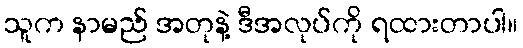
သူက နာမည် အတုနဲ့ ဒီအလုပ်ကို ရထားတာပါ။